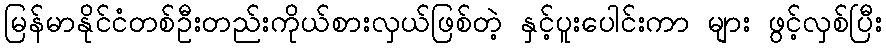
မြန်မာနိုင်ငံတစ်ဦးတည်းကိုယ်စားလှယ်ဖြစ်တဲ့ နှင့်ပူးပေါင်းကာ များ ဖွင့်လှစ်ပြီး